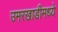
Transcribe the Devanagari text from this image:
उमरखाडीमध्ये